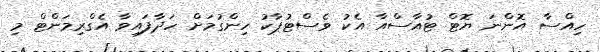
ހިއްސާ އޮންނަ ޔޮޓް ޓުއާސްއާ އެކު ވެސްޓުޕާކު ހިންގުމަށް ހަދާފައިވާ އެގްރިމަންޓް މި